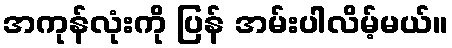
အကုန်လုံးကို ပြန် အမ်းပါလိမ့်မယ်။